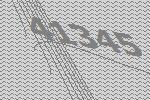
41345